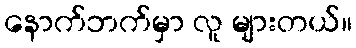
နောက်ဘက်မှာ လူ များတယ်။